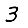
Digit: 3